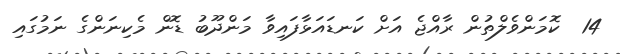
14  ކޮމަންވެލްތުން ރާއްޖެ އަށް ކަނޑައަޅާފައިވާ މަންދޫބު ޑޮން މެކިނަންގެ ނަމުގައި